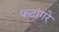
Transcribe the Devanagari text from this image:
फटांगरे